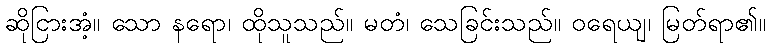
ဆိုငြားအံ့။ သော နရော၊ ထိုသူသည်။ မတံ၊ သေခြင်းသည်။ ဝရေယျ၊ မြတ်ရာ၏။